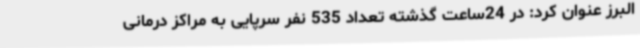
البرز عنوان کرد: در 24ساعت گذشته تعداد 535 نفر سرپایی به مراکز درمانی